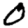
Digit: 0